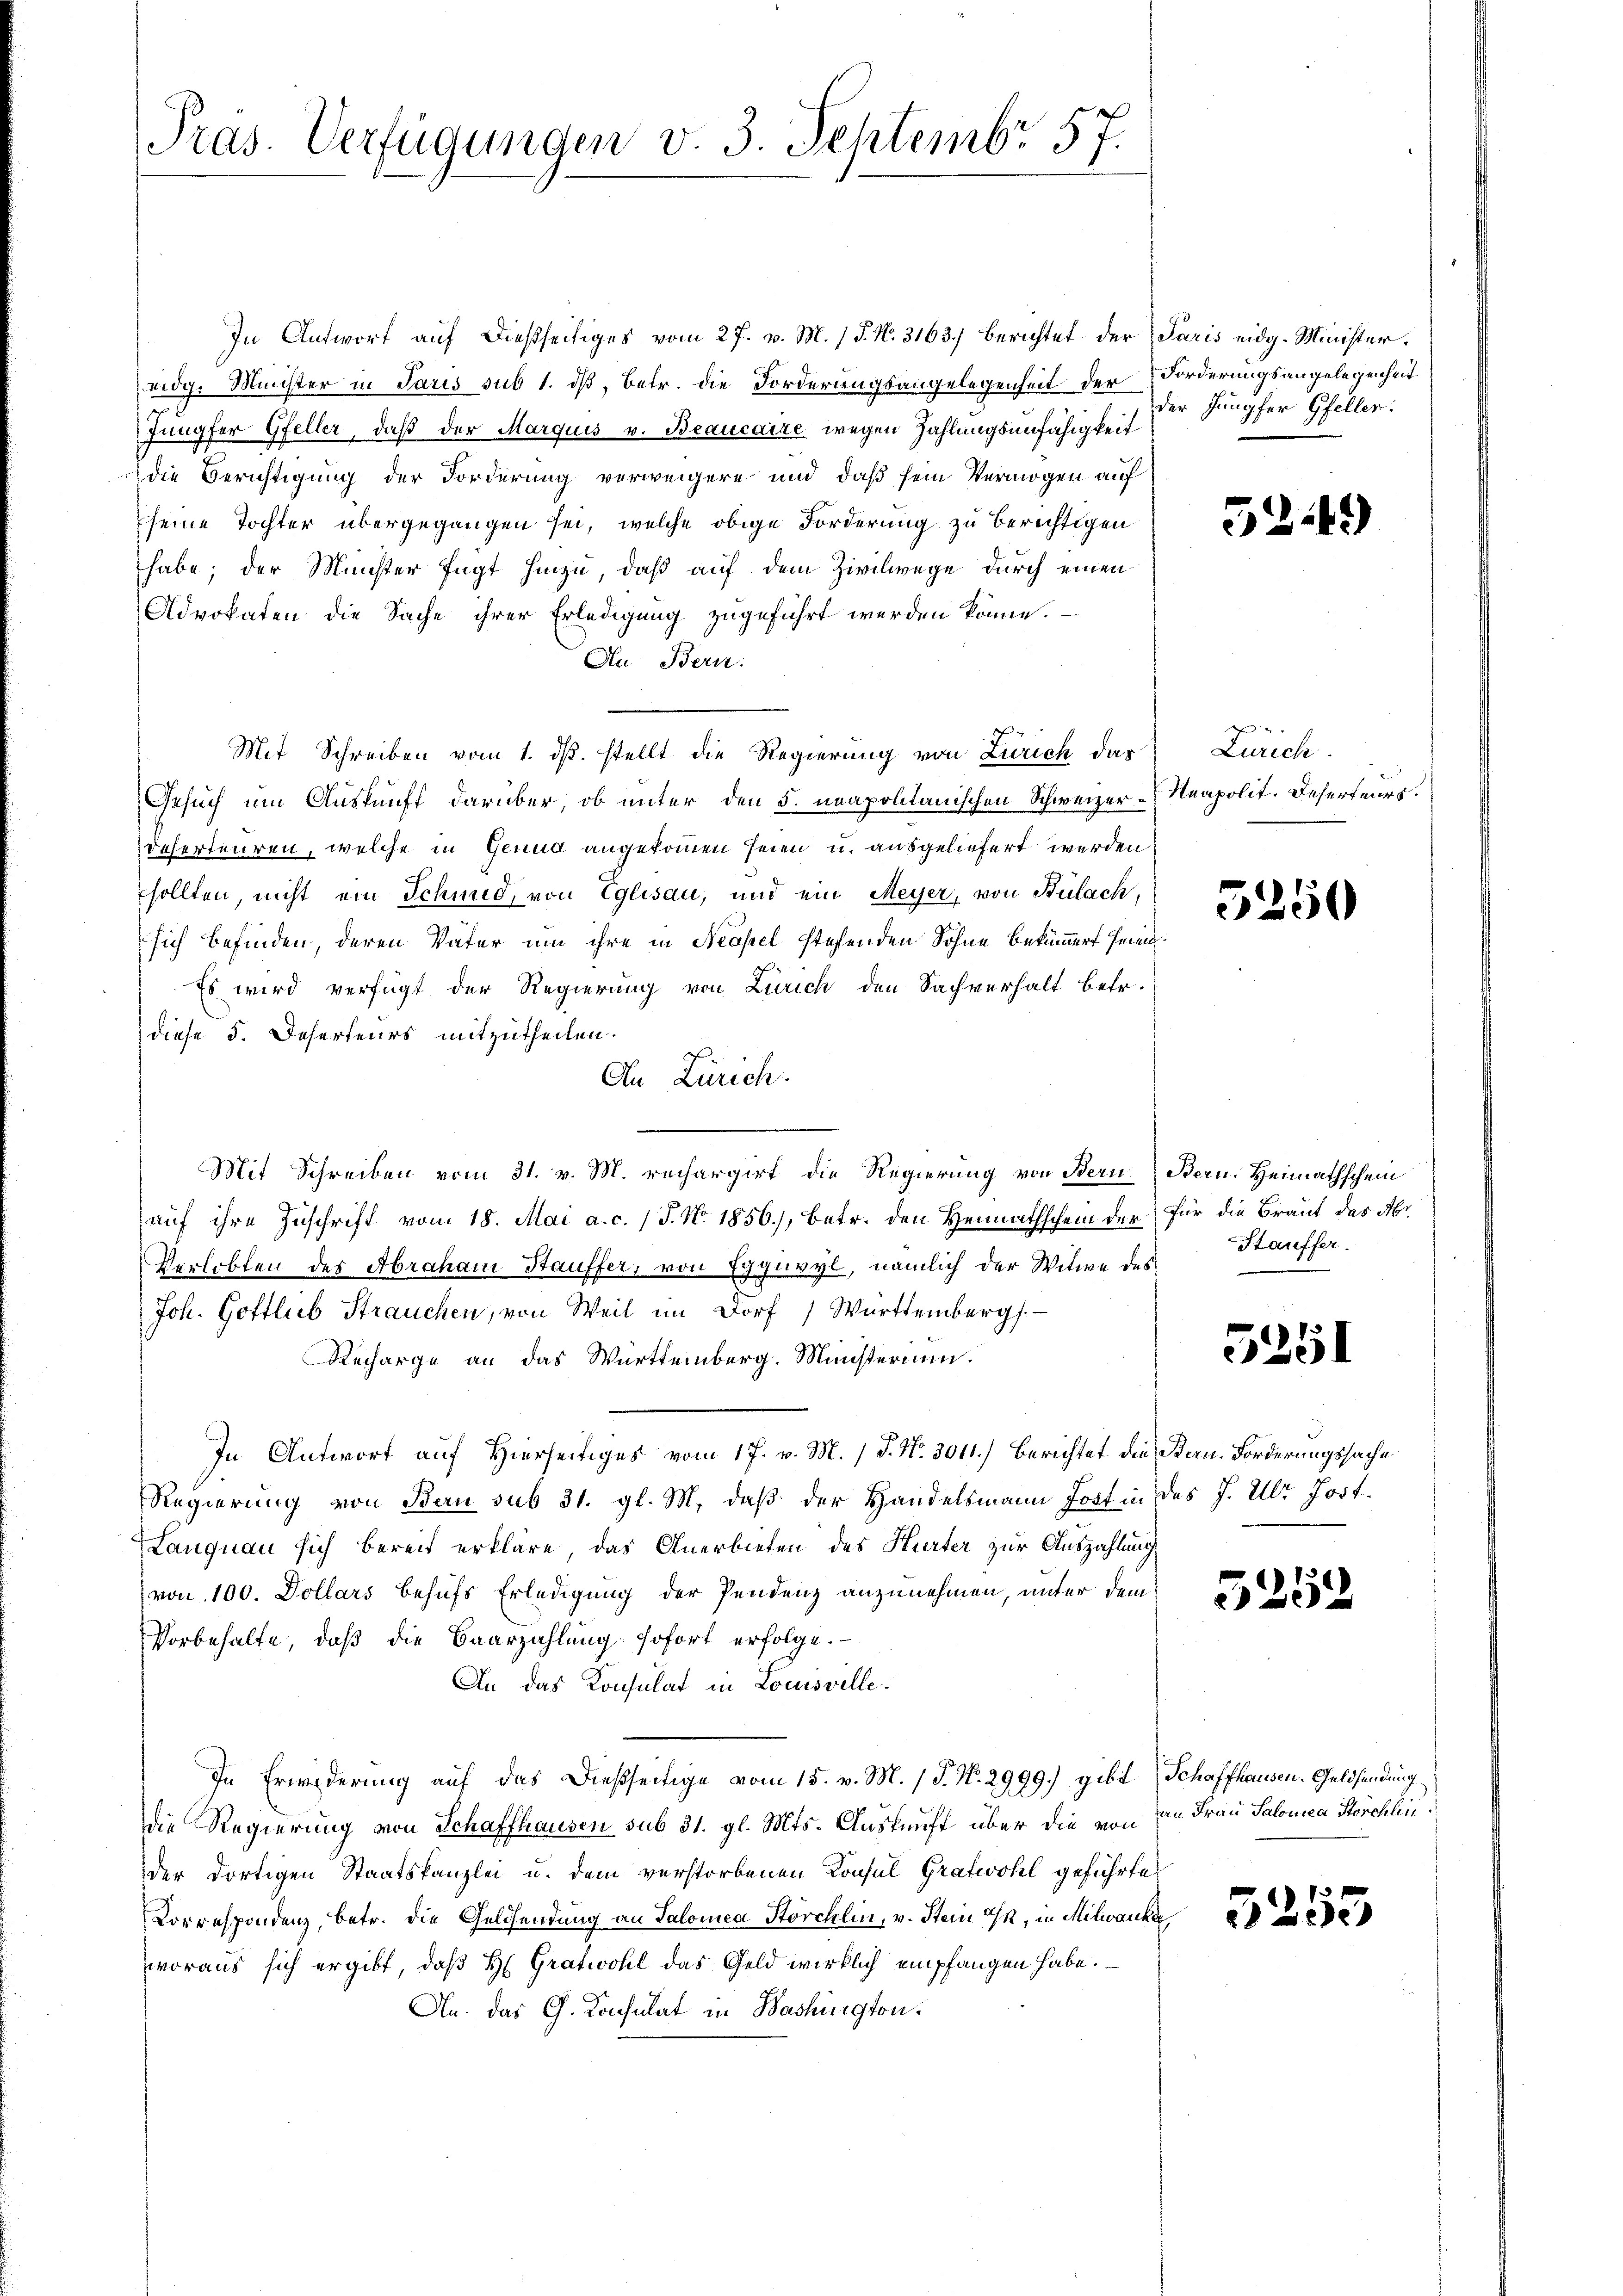
In Antwort auf dießseitiges vom 27. v. M. / P. N. 3163. Berichtet der
eidg. Minister in Paris sub 1. dß, betr. die Forderungsangelegenheit der
Jungfer Gfeller, daß der Marquis v. Beaucaize wegen Zahlungsunfähigkeit
die Berichtigung der Forderung verweigere und daß sein Vermögen auf
seine Tochter übergegangen sei, welche obige Forderung zu berichtigen
habe; der Minister fügt hinzu, daß auf dem Zivilwege durch einen
Advokaten die Sache ihrer Erledigung zugeführt werden könne.
An Bern.
Mit Schreiben vom 1. ds. stellt die Regierung von Zürich das Zürich
Gesuch um Auskunft darüber, ob unter den 5. neapolitanischen Schweizer-Neapolit. Deserteurs.
deserteuren, welche in Genud angekommen seien u. ausgeliefert werden
sollten, nicht ein Schmied, von Eglisau, und ein Meyer, von Bülach,
sich befinden, deren Vater um ihre in Neapel stehenden Sohne bekümmers heimi
Es wird verfügt der Regierung von Zürich den Sachverhalt betr.
diese 5. Deserteurs mitzutheilen.
An Zürich.
Mit Schreiben vom 31. v. M. rechargirt die Regierung von Bern
auf ihre Zuschrift vom 18. Mai a. c. (T. No. 1856.), betr. den Heimathschein der
Verlobten des Abrahani Stauffer, von Egguvyl, nämlich der Witwe des
Joh. Gottlob Strauchen, von Weil im Dorf ) Württemberg.
Recharge an das Württemberg. Ministerium.
In Antwort auf Hierseitiges vom 17. v. M. J. No. 3011.) Berichtet die Bern. Forderungssache
Regierung von Bau sub 31. gl. M. daß der Handelsmann Jost in des J. Ulr. Jost.
Langnau sich bereit erkläre, das Anerbieten des Hurter zur Auszahlung
(von 100. Dollars behufs Erledigung der Pendenz anzunehmen, unter dem
Vorbehalte, daß die Baarzahlung sofort erfolge.
An das Konsulat in Louisville.
In Erwiderung auf das dießseitige vom 15. v. M. (T. N. 2999.) gibt Schaffhausen. Geldsendung
die Regierung von Schaffhausen sub 31. gl. Mts. Auskunft über die von
der dortigen Staatskanzlei u. dem verstorbenen Konsul Gratwohl geführte
Korrespondenz, betr. die Geldsendung an Salomea Störchlin, v. Stein an, in Milianka
woraus sich ergibt, daß H. Gratwohl das Geld wirklich empfangen habe.
An. das G. Konsulat in Bashington.

Pras. Verfügungen v. 3. Septembr 57.

Paris eidg. Minister.
Forderungsangelegenheit
der Jungfer Gfeller.

5249)

5250

Bern. Heimathschein
für die Braut des Abr
Htauffer.

5251

5252

an Frau Salonsca Storchlin

5253